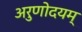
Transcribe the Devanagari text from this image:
अरुणोदयम्